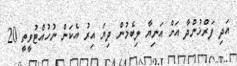
އަދި ފަރްޚުންދާ އަށް އަނިޔާ ލިބެމުން ދިޔަ އިރު އެކަން ނުހުއްޓުވީތީ 20